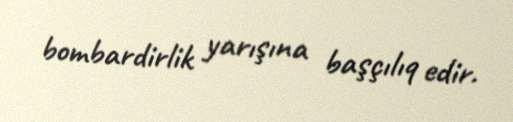
bombardirlik yarışına başçılıq edir.